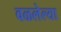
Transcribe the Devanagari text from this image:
वळलेल्या